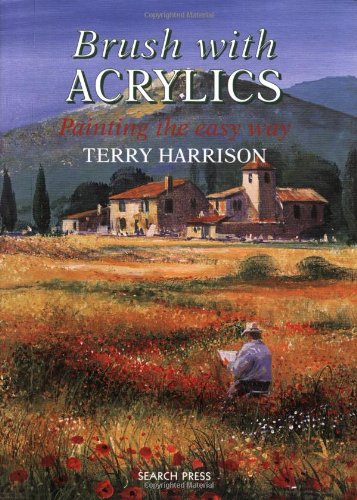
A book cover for Brush with Acrylics: Painting the Easy Way (Practical Art Book from Search Press); Terry Harrison; Arts & Photography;